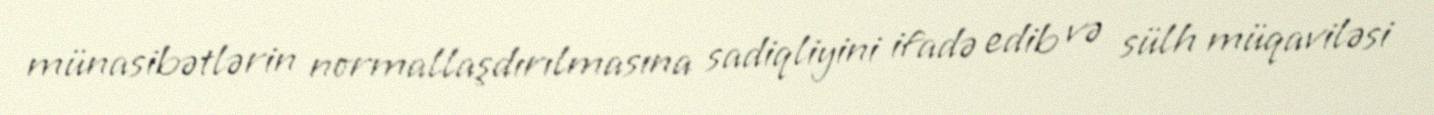
münasibətlərin normallaşdırılmasına sadiqliyini ifadə edib və sülh müqaviləsi